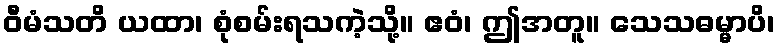
ဝီမံသတိ ယထာ၊ စုံစမ်းရသကဲ့သို့။ ဧဝံ၊ ဤအတူ။ သေသဓမ္မာပိ၊